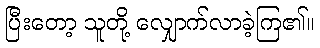
ပြီးတော့ သူတို့ လျှောက်လာခဲ့ကြ၏။